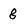
Character: 8